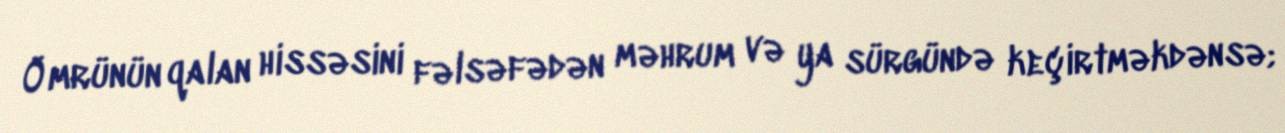
Ömrünün qalan hissəsini fəlsəfədən məhrum və ya sürgündə keçirtməkdənsə;